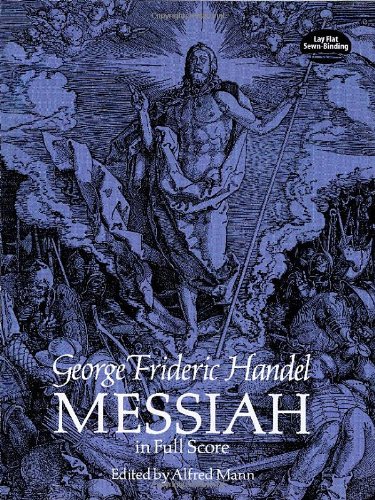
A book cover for Messiah in Full Score (Dover Music Scores); George Frideric Handel; Humor & Entertainment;